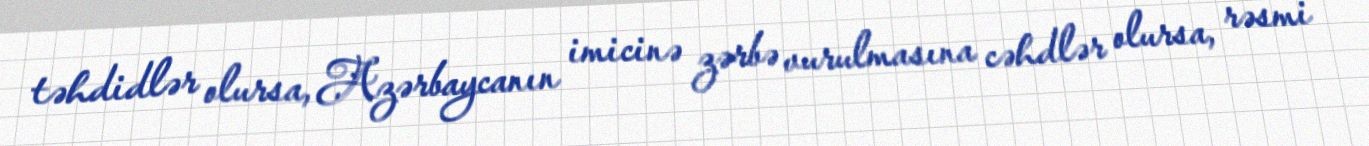
təhdidlər olursa, Azərbaycanın imicinə zərbə vurulmasına cəhdlər olursa, rəsmi